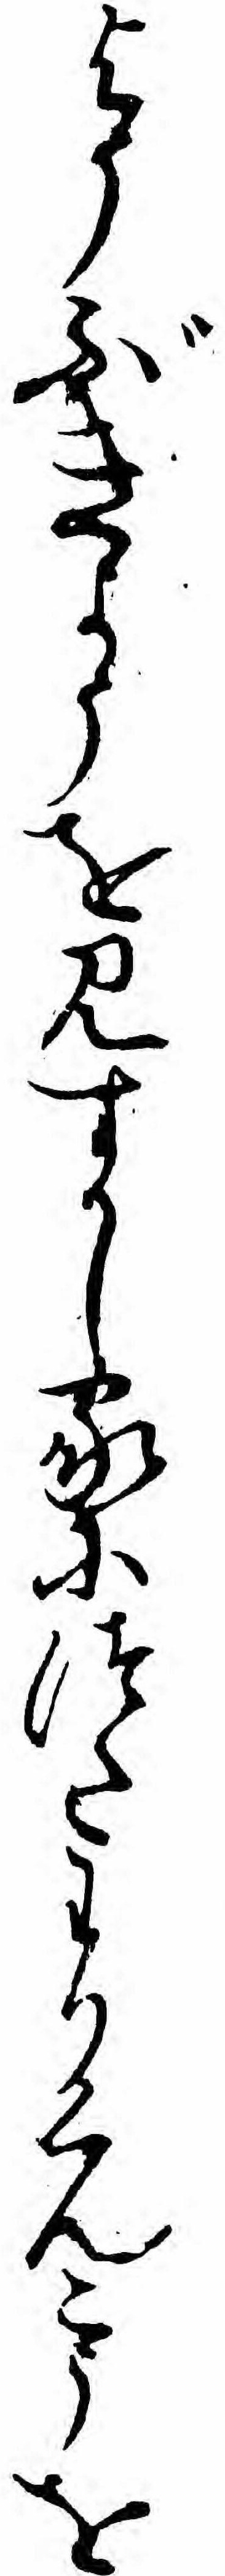
ようぶきようを見すかし家につたわりくんこうを